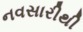
નવસારીથી